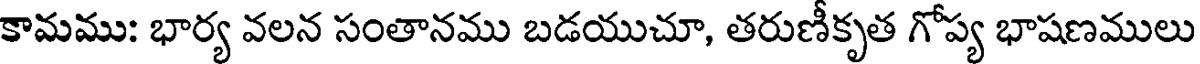
కామము: భార్య వలన సంతానము బడయుచూ, తరుణీకృత గోప్య భాషణములు